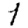
Digit: 1